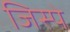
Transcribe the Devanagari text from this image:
जिस्पे